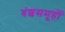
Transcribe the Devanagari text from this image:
वंशसमूहों